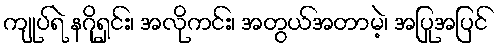
ကျုပ်ရဲ နဂိုရှင်း၊ အလိုကင်း၊ အတွယ်အတာမဲ့၊ အပြုအပြင်